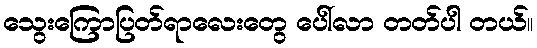
သွေးကြောပြတ်ရာလေးတွေ ပေါ်လာ တတ်ပါ တယ်။